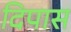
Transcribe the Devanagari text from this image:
दिपास